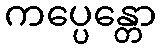
ကပ္ပေန္တော